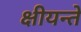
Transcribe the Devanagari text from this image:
क्षीयन्ते